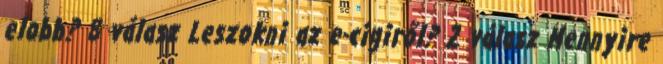
elobb? 8 válasz Leszokni az e-cigiről? 2 válasz Mennyire